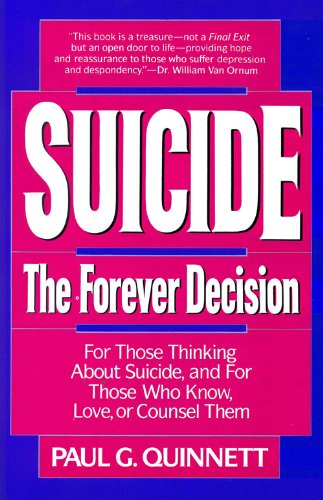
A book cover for Suicide: The Forever Decision; Paul G. Quinnett; Self-Help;